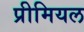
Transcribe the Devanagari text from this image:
प्रीमियल